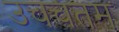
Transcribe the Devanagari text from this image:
उचचतम